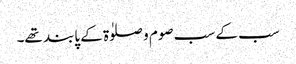
سب کے سب صوم و صلوٰۃ کے پابند تھے۔